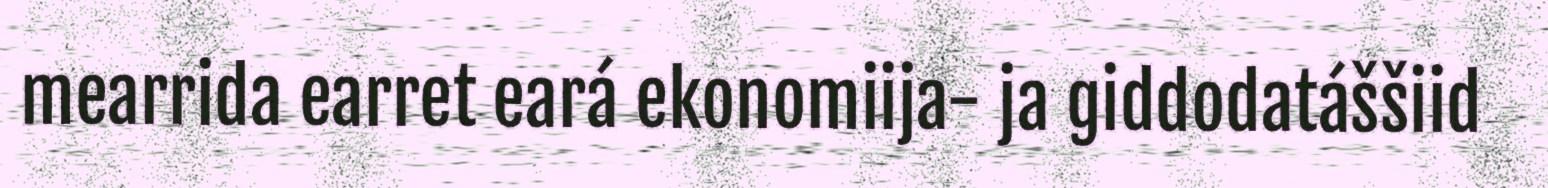
mearrida earret eará ekonomiija- ja giddodatáššiid